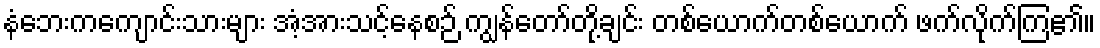
နံဘေးကကျောင်းသားများ အံ့အားသင့်နေစဉ် ကျွန်တော်တို့ချင်း တစ်ယောက်တစ်ယောက် ဖက်လိုက်ကြ၏။